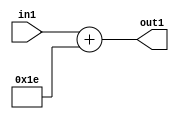
`timescale 1ps / 1ps
/*****************************************************************************
    Verilog RTL Description
    
    
    Created by: Stratus DpOpt 21.05.01 
*******************************************************************************/

module SobelFilter_Add_6U_35_4 (
	in1,
	out1
	); /* architecture "behavioural" */ 
input [5:0] in1;
output [5:0] out1;
wire [5:0] asc001;

assign asc001 = 
	+(in1)
	+(6'B011110);

assign out1 = asc001;
endmodule

/* CADENCE  urnxTg8= : u9/ySxbfrwZIxEzHVQQV8Q== ** DO NOT EDIT THIS LINE ******/